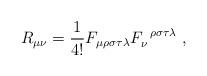
LaTeX: \begin{align*}R_{\mu\nu}=\frac{1}{4!}F_{\mu\rho\sigma\tau\lambda}F^{\;\;\rho\sigma\tau\lambda}_{\nu} ~ ,\end{align*}